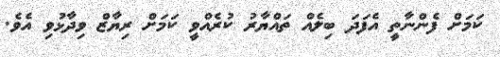
ކަމަށް ފެންނާތީ އެފަދަ ބިލެއް ތައްޔާރު ކުރެއްވީ ކަމަށް ރިޔާޒް ވިދާޅުވި އެވެ.